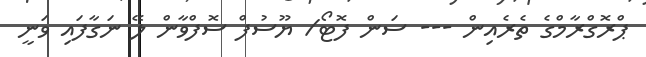
ޕްރޮގްރާމްގެ ތެރެއިން --- ސަން ފޮޓޯ/ ޔޫސުފް ސޮފްވާން ލޭ ނަގާފައި ވަނީ